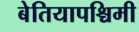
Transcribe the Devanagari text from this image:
बेतियापश्चिमी